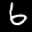
Label: 6